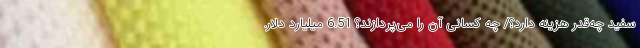
سفید چه‌قدر هزینه دارد؟/ چه کسانی آن را می‌پردازند؟ 6.51 میلیارد دلار.